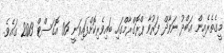
މީގެތެރެއިން ޢަބްދު ނަވާޛް ފަރުވާ ޕްރޮގްރާމްގައި ބައިވެރިކޮށްފައިވަނީ 06 އޮގަސްޓް 2013 ގައެވެ.